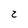
Character: 2